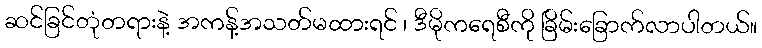
ဆင်ခြင်တုံတရားနဲ့ အကန့်အသတ်မထားရင် ၊ ဒီမိုကရေစီကို ခြိမ်းခြောက်လာပါတယ်။